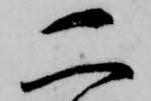
二